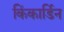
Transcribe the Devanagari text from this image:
किंकार्डिन